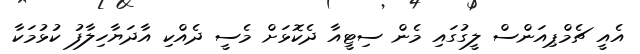
އެއީ ޗެމްޕިއަންސް ލީގުގައި މެން ސިޓީއާ ދެކޮޅަށް މެސީ ދެއްކި އާދަޔާހިލާފު ކުޅުމަކާ